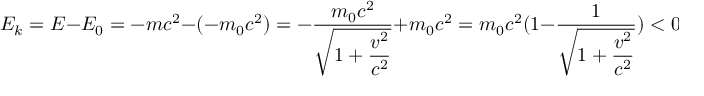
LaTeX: E _ { k } = E - E _ { 0 } = - m c ^ { 2 } - ( - m _ { 0 } c ^ { 2 } ) = - { \frac { m _ { 0 } c ^ { 2 } } { \sqrt { 1 + \displaystyle { \frac { v ^ { 2 } } { c ^ { 2 } } } } } } + m _ { 0 } c ^ { 2 } = m _ { 0 } c ^ { 2 } ( 1 - { \frac { 1 } { \sqrt { 1 + \displaystyle { \frac { v ^ { 2 } } { c ^ { 2 } } } } } } ) < 0